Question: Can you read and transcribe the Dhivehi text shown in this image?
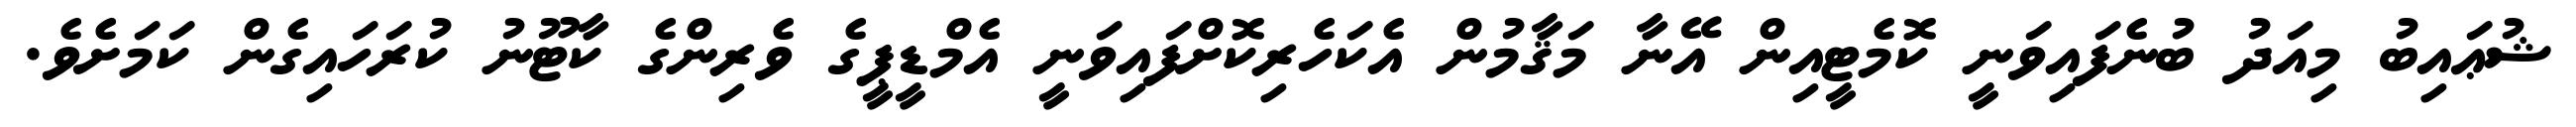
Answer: ޝުޢައިބު މިއަދު ބުނެފައިވަނީ ކޮމެޓީއިން އޭނާ މަޤާމުން އެކަހެރިކޮށްފައިވަނީ އެމްޑީޕީގެ ވެރިންގެ ކާޓޫނު ކުރަހައިގެން ކަމަށެވެ.